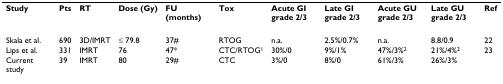
<table><thead><tr><td><b>Study</b></td><td><b>Pts</b></td><td><b>RT</b></td><td><b>Dose (Gy)</b></td><td><b>FU (months)</b></td><td><b>Tox</b></td><td><b>Acute GI grade 2/3</b></td><td><b>Late GI grade 2/3</b></td><td><b>Acute GU grade 2/3</b></td><td><b>Late GU grade 2/3</b></td><td><b>Ref</b></td></tr></thead><tbody><tr><td>Skala et al.</td><td>690</td><td>3D/IMRT</td><td>≤ 79.8</td><td>37#</td><td>RTOG</td><td>n.a.</td><td>2.5%/0.7%</td><td>n.a.</td><td>8.8/0.9</td><td>22</td></tr><tr><td>Lips et al.</td><td>331</td><td>IMRT</td><td>76</td><td>47*</td><td>CTC/RTOG<sup>1</sup></td><td>30%/0</td><td>9%/1%</td><td>47%/3%<sup>2</sup></td><td>21%/4%<sup>2</sup></td><td>23</td></tr><tr><td>Current study</td><td>39</td><td>IMRT</td><td>80</td><td>29#</td><td>CTC</td><td>3%/0</td><td>8%/0</td><td>61%/3%</td><td>26%/3%</td><td></td></tr></tbody></table>